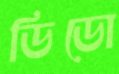
ডিডো